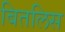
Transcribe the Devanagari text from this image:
बितलिस